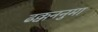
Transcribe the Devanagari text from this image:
ढक्कननुमा